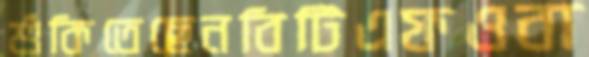
শুঁকিতেছেনবিটিএফওবা